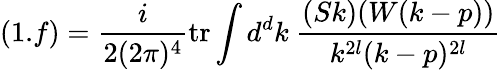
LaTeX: (1.f)=\frac{i}{2(2\pi)^{4}}\mathrm{tr}\int d^{d}k\ \frac{(Sk)(W(k-p))}{k^{2l}(k-p)^{2l}}